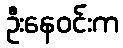
ဦးနေဝင်းက